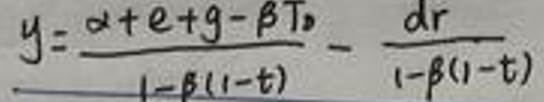
\[
y = \frac{\alpha+e + g-\beta T_{0}}{1-\beta(1 - t)}-\frac{dr}{1-\beta(1 - t)}
\]